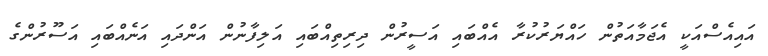
އައިއެސްއަކީ އެޖަމާއަތުން ހައްޔަރުކުރާ އެއްބައި އަސީރުން ދިރިތިއްބައި އަލިފާނުން އަންދައި އަނެއްބައި އަސޫރުންގެ